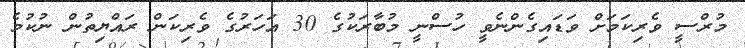
މުރްސީ ވެރިކަމަށް ވަޑައިގެންނެވީ ހުސްނީ މުބާރަކުގެ 30 އަހަރުގެ ވެރިކަން ރައްޔިތުން ނުކުމެ